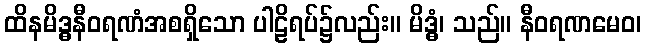
ထိနမိဒ္ဓနီဝရဏံအစရှိသော ပါဠိရပ်၌လည်း။ မိဒ္ဓံ၊ သည်။ နီဝရဏမေဝ၊